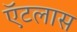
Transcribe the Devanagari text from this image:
ऍटलास